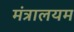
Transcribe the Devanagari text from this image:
मंत्रालयम